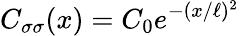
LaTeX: C_{\sigma\sigma}(x)=C_{0}e^{-(x/\ell)^{2}}